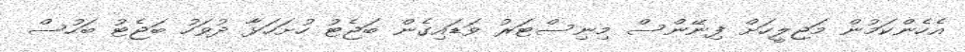
އެހެންކަމުން މަޖިލީހަށް ފިނޭންސް މިނިސްޓަރު ވަޑައިގެން ބަޖެޓު ހުށަހަޅާ ދުވަހު ބަޖެޓު ބަހުސް